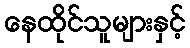
နေထိုင်သူများနှင့်